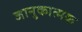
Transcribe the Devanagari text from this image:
जानुकात्मक